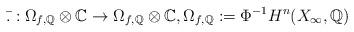
LaTeX: \begin{align*}\bar{.}:\Omega_{f,\mathbb{Q}} \otimes \mathbb{C} \to \Omega_{f,\mathbb{Q}} \otimes \mathbb{C}, \Omega_{f,\mathbb{Q}}:=\Phi^{-1}H^n(X_{\infty},\mathbb{Q})\end{align*}